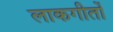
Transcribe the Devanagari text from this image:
लाकगीतों